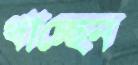
খাচ্ছেন